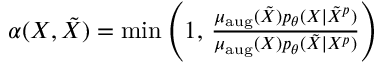
\begin{array} { r } { \alpha ( X , \tilde { X } ) = \operatorname* { m i n } \left( 1 , \, \frac { \mu _ { \mathrm { a u g } } ( \tilde { X } ) p _ { \theta } ( X \mid \tilde { X } ^ { p } ) } { \mu _ { \mathrm { a u g } } ( X ) p _ { \theta } ( \tilde { X } \mid X ^ { p } ) } \right) } \end{array}